Tezpur Lunatic Asylum reports 1895-1904 - 1895-1904
Year: 1895
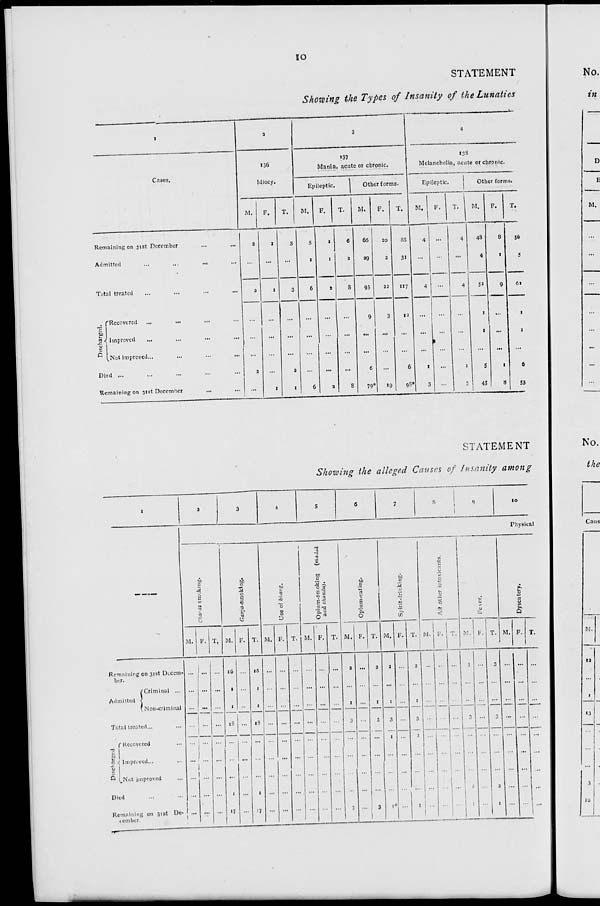
IO
STATEMENT
Showing the Types of Insanity of the Lunatics
I
3
3
4
137
133
136
Mania, acute or chronic.
Melancholia, acute or chronic.
Cases,
Idiocy.
Epileptic.
Other forms.
Epileptic.
Other forms.
M.
F.
T.
M. F.
T.
M.
F.
T.
M.
F.
T.
M.
F.
T.
Remaining on 31st December
2
1
3
s
1
6
66
SO
85
4
4
48
8
5&
Admitted
,.,
,.,
,.,
...
...
...
1
1
2
39
2
Si
...
...
...
4
1
i
Total treated
2
1
3
6
a
8
95
22
117
4
...
4
5*
1
9
61
r Recovtred
...
...
...
...
...
...
...
...
9
3
12
...
...
...
1
z* Improved ...
...
...
...
...
...
...
...
...
...
...
...
...
...
...
...
1
...
1
2
»
i^Not improved...
...
...
...
...
...
...
...
...
...
...
...
...
...
...
...
...
...
...
Died ...
a
...
2
...
...
...
6
...
6
1
...
1
5
1
6
Remaining on 31st December
...
1
1
6
a
8
79*
19
98*
3
...
3
43
8
53
STATEMENT
Showing the alleged Causes of Insanity among
s
I
M. F. T,
10
Physical
o
c
is
M.
1.
CO
LD
M. F. T.
to
c
o a
B"5
.5 "3
C.
o rt
M.
E
p
'0.
O
M.
M. l.
M.
••'.
tu
M. F.
Q
M. F.
Remaining on 31st Decem-
ber.
Admitted 1
Criminal ...
on-criminal
Totr.l treated...
r Recovered
9
a 1 Improved...
u I
d l^Not improved
Died
Remaining on 31st De-
1 ember.
lu
18 ...
'5
16
■ 8
I)
M.
13
10